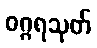
ဝဂ္ဂရသုတ်